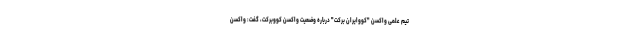
تیم علمی واکسن "کُووایران برکت" درباره وضعیت واکسن کووبرکت، گفت: واکسن